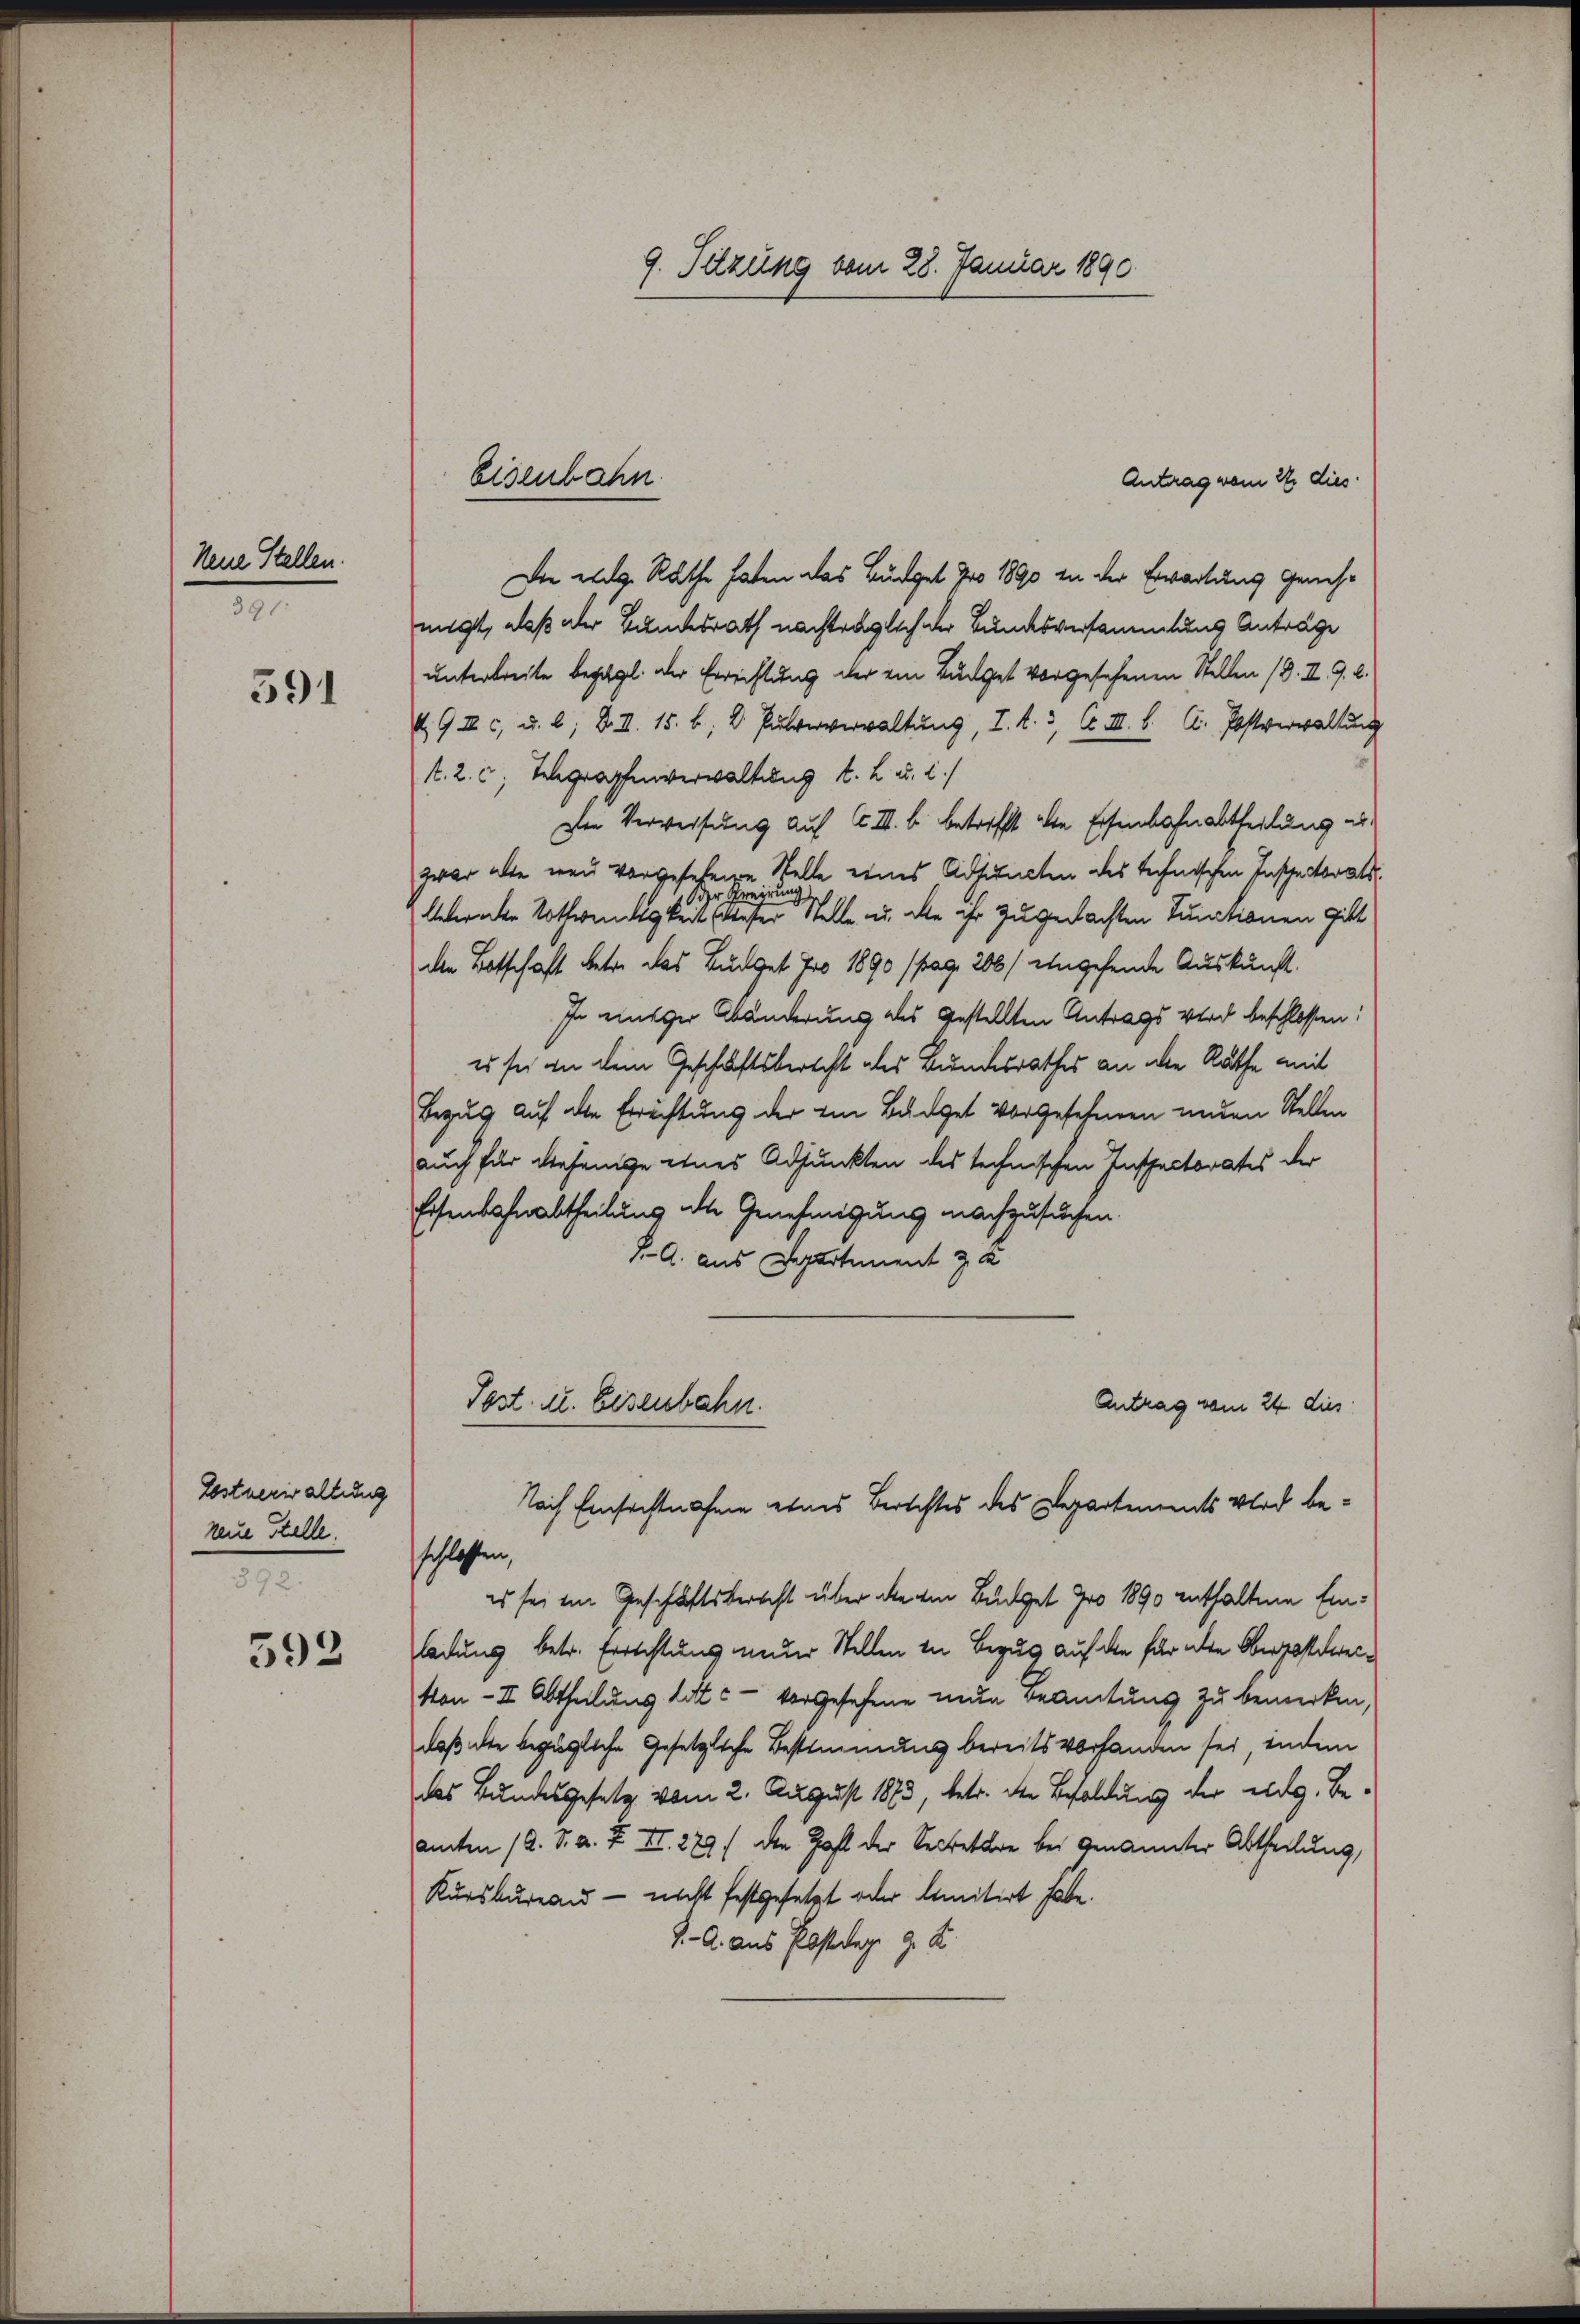
Neue Stellen.
3

391

Zostverwaltung
reue Stelle.
395

592

9. Sitzung vom 28. Januar 1890

Antrag vom 22. dies
Die eidg. Rathe haten das Büdget pro 1890 in der Erwartung genehnigt, daß der Bundesrath nachträglich der Bundesversammlung Anträge
unterbreite bezügl. der Errichtung der ein Budget vorgesehenen Stellen (8. II. 9. d.
UG II 6, u. b. d. II. 15. b. 2 Pulververwaltung, I. d. 3, A. III. B. C. Postverwaltung
t. 2. c, Telegraphenverwaltung l. 2 u. 2.)
Den Verweisung auf C II. b. betrifft die Eisenbahnabtheilung erzwar alte neu vorgesehene Stelle eines Adjuncten des technischen Inspectorats
betreten Rothwendigkeit eine eine eine Stelle u. die ihr zugedachten Tunitionen gibt
den Botschaft betre das Budget pro 1890 (pag. 206/ eingehende Auskunft.
In einiger Abänderung des gestellten Antrags wird beschlossen:
es sie an dem Geschäftsberecht als Bundesrathes an alle Räthe mit
Bezug auf alle Errichtung der ein Budget vorgesehenen unden Stellen
auch für diejenige eines Adjunkten des technischen Inspectorates der
Eisenbahnabtheilung alte Genehmigung nachzusuchen.
J. A. aus Departement z
Tost. u. Eisenbahn.
Antrag vom 24. dies
Nach Einsichtnahme eines Berichtes des Departements wird beschlossen,
es sei ein Geschäftsberecht über die ein Budget pro 1890 enthaltene Einladung betr. Errichtung neuer Stellen in Bezug auf die für die Obergestreikon- II. Abtheilung litte - vorgesehene nun Beamtung zu bemerken,
daß die bezügliche Gesetzliche Bestimmung bereits vorhanden sei, indem
das Bundesgesetz vom 2. August 1873, betr. der Besoldung der eidg. Beamten 12. S. a. F. II. 229) den Zahl der Secretäre bei genannter Abtheilung,
Kursbureau - nicht festgesetzt oder limitirt habe.
J. A. aus Posttag. 9. d.

Eisenbahn